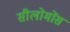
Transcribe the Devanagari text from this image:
सीलोमोंस